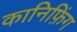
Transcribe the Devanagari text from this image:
कानिफ़िंग